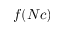
f ( N c )